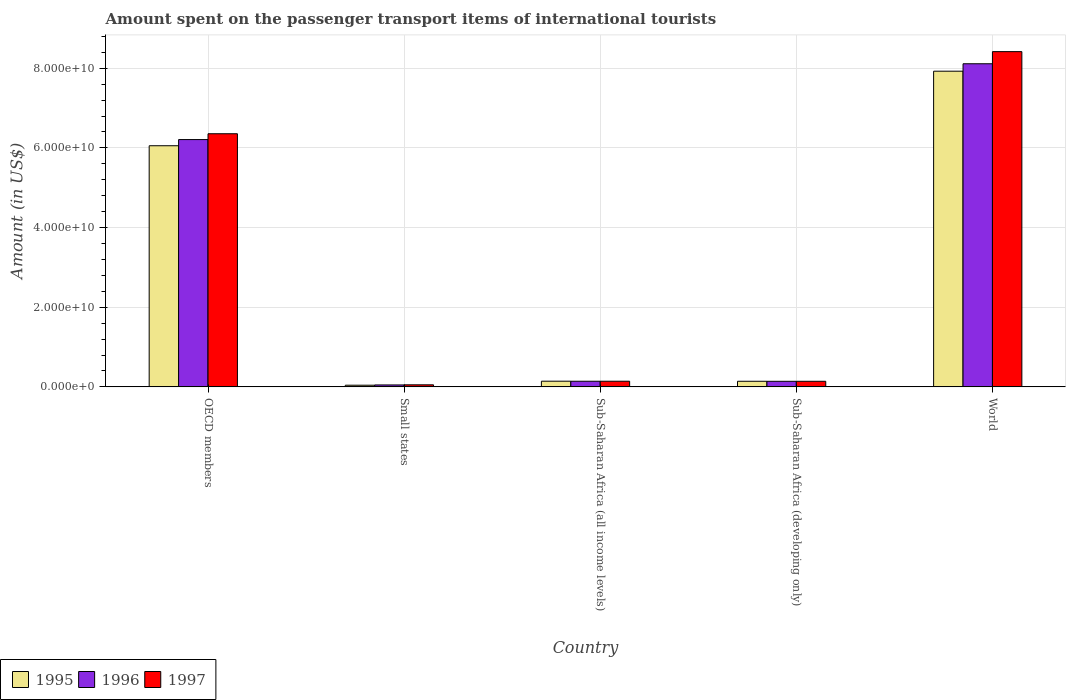
| Country | 1995 | 1996 | 1997 |
 | --- | --- | --- | --- |
 | OECD members | 6.05e+10 | 6.21e+10 | 6.35e+10 |
 | Small states | 4.15e+08 | 4.85e+08 | 5.15e+08 |
 | Sub-Saharan Africa (all income levels) | 1.42e+09 | 1.41e+09 | 1.42e+09 |
 | Sub-Saharan Africa (developing only) | 1.41e+09 | 1.4e+09 | 1.4e+09 |
 | World | 7.93e+10 | 8.11e+10 | 8.42e+10 |